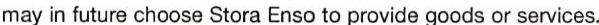
may in future choose Stora Enso to provide goods or services.